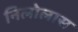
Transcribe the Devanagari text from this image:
निलोलास